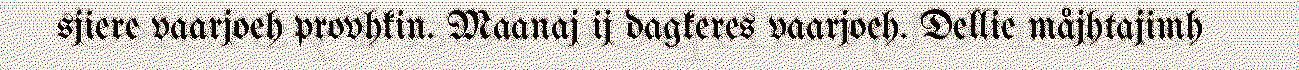
sjiere vaarjoeh provhkin. Maanaj ij dagkeres vaarjoeh. Dellie måjhtajimh